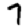
Digit: 7